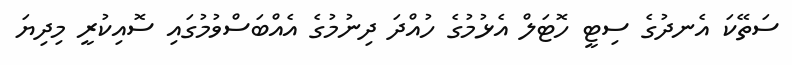
ސަތޭކަ އެނދުގެ ސިޓީ ހޮޓަލް އެޅުމުގެ ހުއްދަ ދިނުމުގެ އެއްބަސްވުމުގައި ސޮއިކުރީ މިދިޔަ